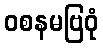
ဝစနမဗြဝုံ